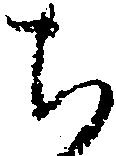
ち